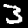
Digit: 3